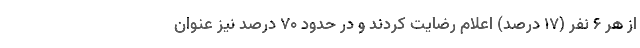
از هر ۶ نفر (۱۷ درصد) اعلام رضایت کردند و در حدود ۷۰ درصد نیز عنوان